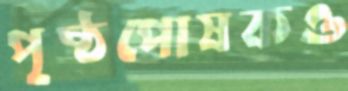
পৃষ্ঠপোষকও